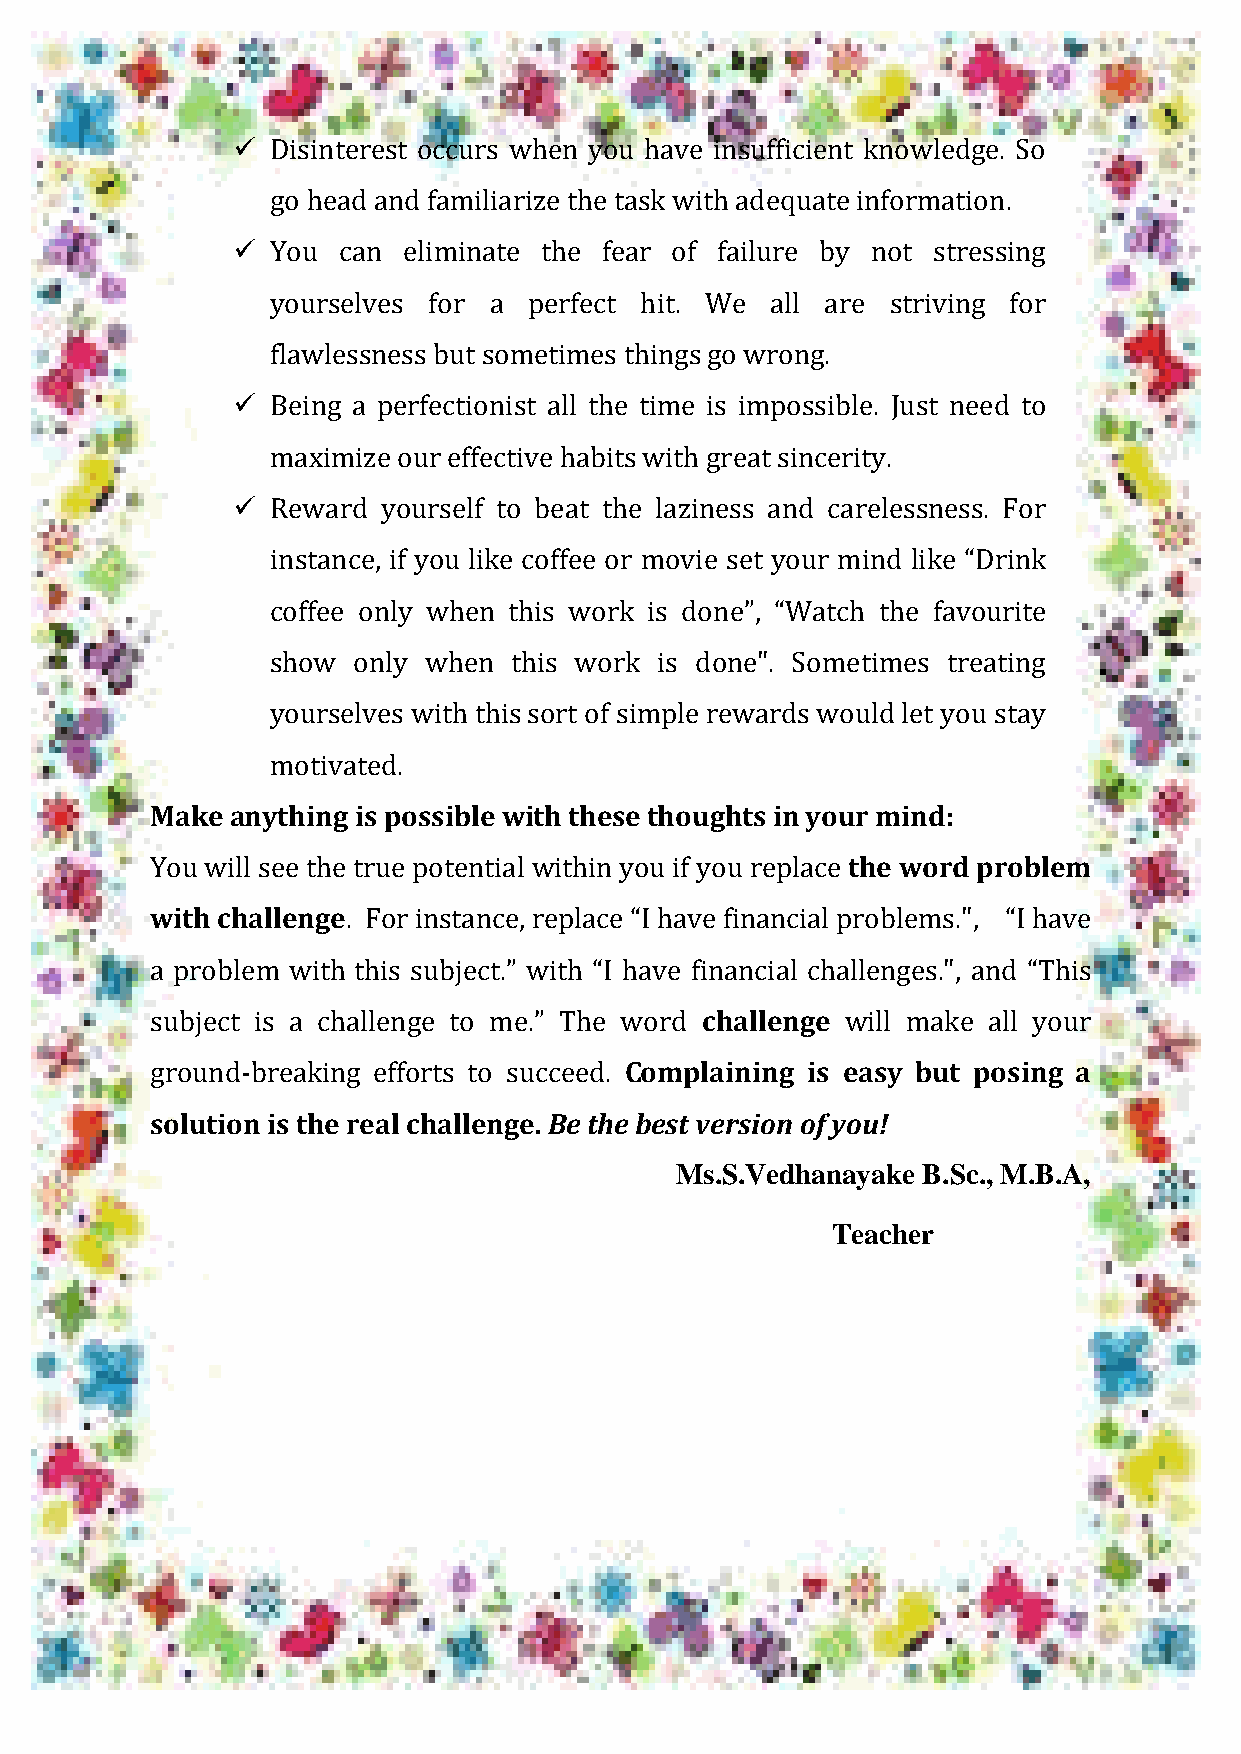
HONEY VIBES
   Disinterest occurs when you have insufficient knowledge. So
 go head and familiarize the task with adequate information.
   You can  eliminate the fear of failure by not stressing
 yourselves for a perfect hit. We all are striving for
 flawlessness but sometimes things go wrong.
   Being a perfectionist all the time is impossible. Just need to
 maximize our effective habits with great sincerity.
   Reward yourself to beat the laziness and carelessness. For
 instance, if you like coffee or movie set your mind like “Drink
 coffee only when this work is done”, “Watch the favourite
 show only when  this work is done". Sometimes treating
 yourselves with this sort of simple rewards would let you stay
 motivated.
 Make anything is possible with these thoughts in your mind:
 You will see the true potential within you if you replace the word problem
 with challenge. For instance, replace “I have financial problems.", “I have
 a problem with this subject.” with “I have financial challenges.", and “This
 subject is a challenge to me.” The word challenge will make all your
 ground-breaking efforts to succeed. Complaining is easy but posing a
 solution is the real challenge. Be the best version of you!
 Ms.S.Vedhanayake B.Sc., M.B.A,
 Teacher
 38